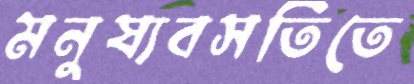
মনুষ্যবসতিতে